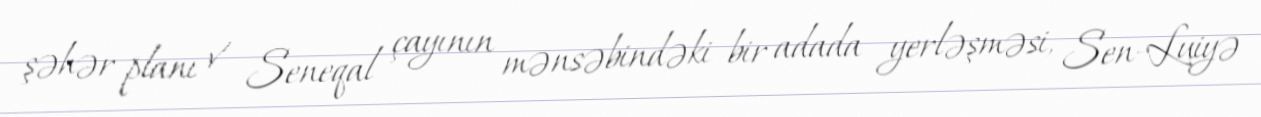
şəhər planı v' Seneqal çayının mənsəbindəki bir adada yerləşməsi, Sen-Luiyə